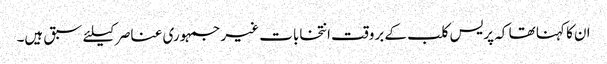
ان کا کہنا تھا کہ پریس کلب کے بروقت انتخابات غیر جمہوری عناصر کیلئے سبق ہیں۔